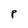
Character: P